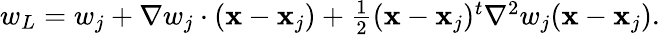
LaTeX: \begin{array}{r}{w_{L}=w_{j}+{\nabla}w_{j}\cdot({\mathbf x}-{\mathbf x}_{j})+\frac{1}{2}({\mathbf x}-{\mathbf x}_{j})^{t}{\nabla}^{2}w_{j}({\mathbf x}-{\mathbf x}_{j}).}\end{array}